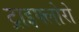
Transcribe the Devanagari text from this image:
ट्राइफ्लोरो